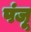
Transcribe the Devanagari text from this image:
पंजू